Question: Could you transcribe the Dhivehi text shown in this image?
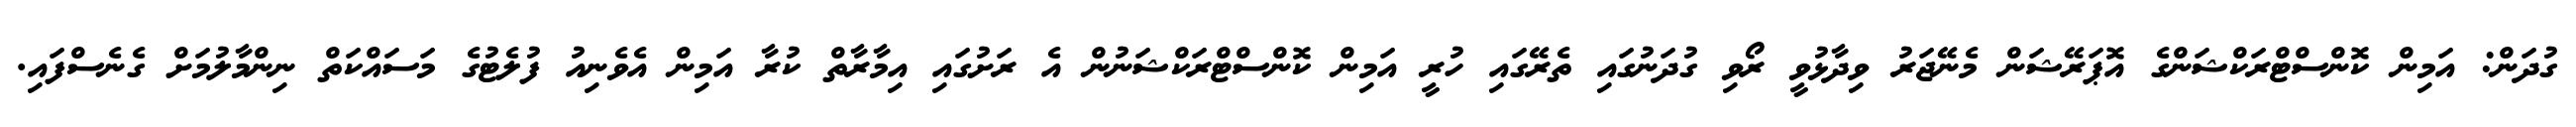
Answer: ގުދަން: އަމިން ކޮންސްޓްރަކްޝަންގެ އޮޕަރޭޝަން މެނޭޖަރު ވިދާޅުވީ ރޯވި ގުދަނުގައި ތެރޭގައި ހުރީ އަމިން ކޮންސްޓްރަކްޝަނުން އެ ރަށުގައި އިމާރާތް ކުރާ އަމިން އެވެނިއު ފުލެޓުގެ މަސައްކަތް ނިންމާލުމަށް ގެނެސްފައި.